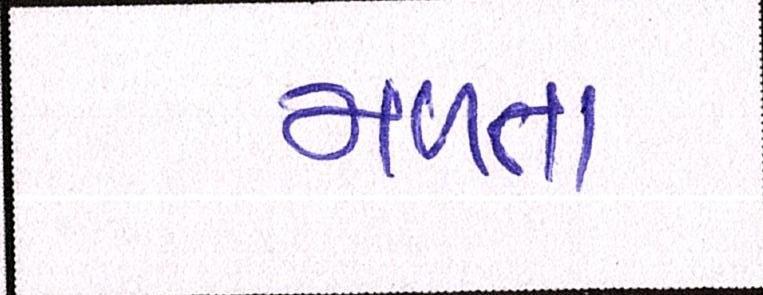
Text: મળત